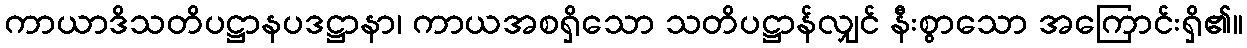
ကာယာဒိသတိပဋ္ဌာနပဒဋ္ဌာနာ၊ ကာယအစရှိသော သတိပဋ္ဌာန်လျှင် နီးစွာသော အကြောင်းရှိ၏။